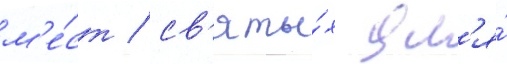
м'е́ст / св'яты́х дл'я́